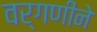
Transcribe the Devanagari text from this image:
वर्गणीने